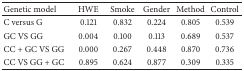
| Genetic model | HWE | Smoke | Gender | Method | Control |
 | --- | --- | --- | --- | --- | --- |
 | C versus G | 0.121 | 0.832 | 0.224 | 0.805 | 0.539 |
 | GC VS GG | 0.004 | 0.100 | 0.113 | 0.689 | 0.537 |
 | CC + GC VS GG | 0.000 | 0.267 | 0.448 | 0.870 | 0.736 |
 | CC VS GG + GC | 0.895 | 0.624 | 0.877 | 0.309 | 0.335 |